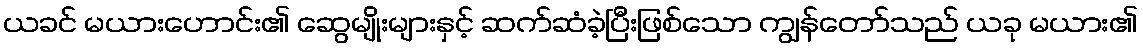
ယခင် မယားဟောင်း၏ ဆွေမျိုးများနှင့် ဆက်ဆံခဲ့ပြီးဖြစ်သော ကျွန်တော်သည် ယခု မယား၏